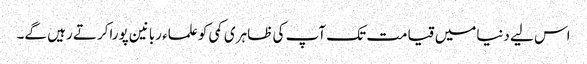
اس لیے دنیامیں قیامت تک آپ کی ظاہری کمی کو علماء ربانین پوراکرتے رہیں گے۔